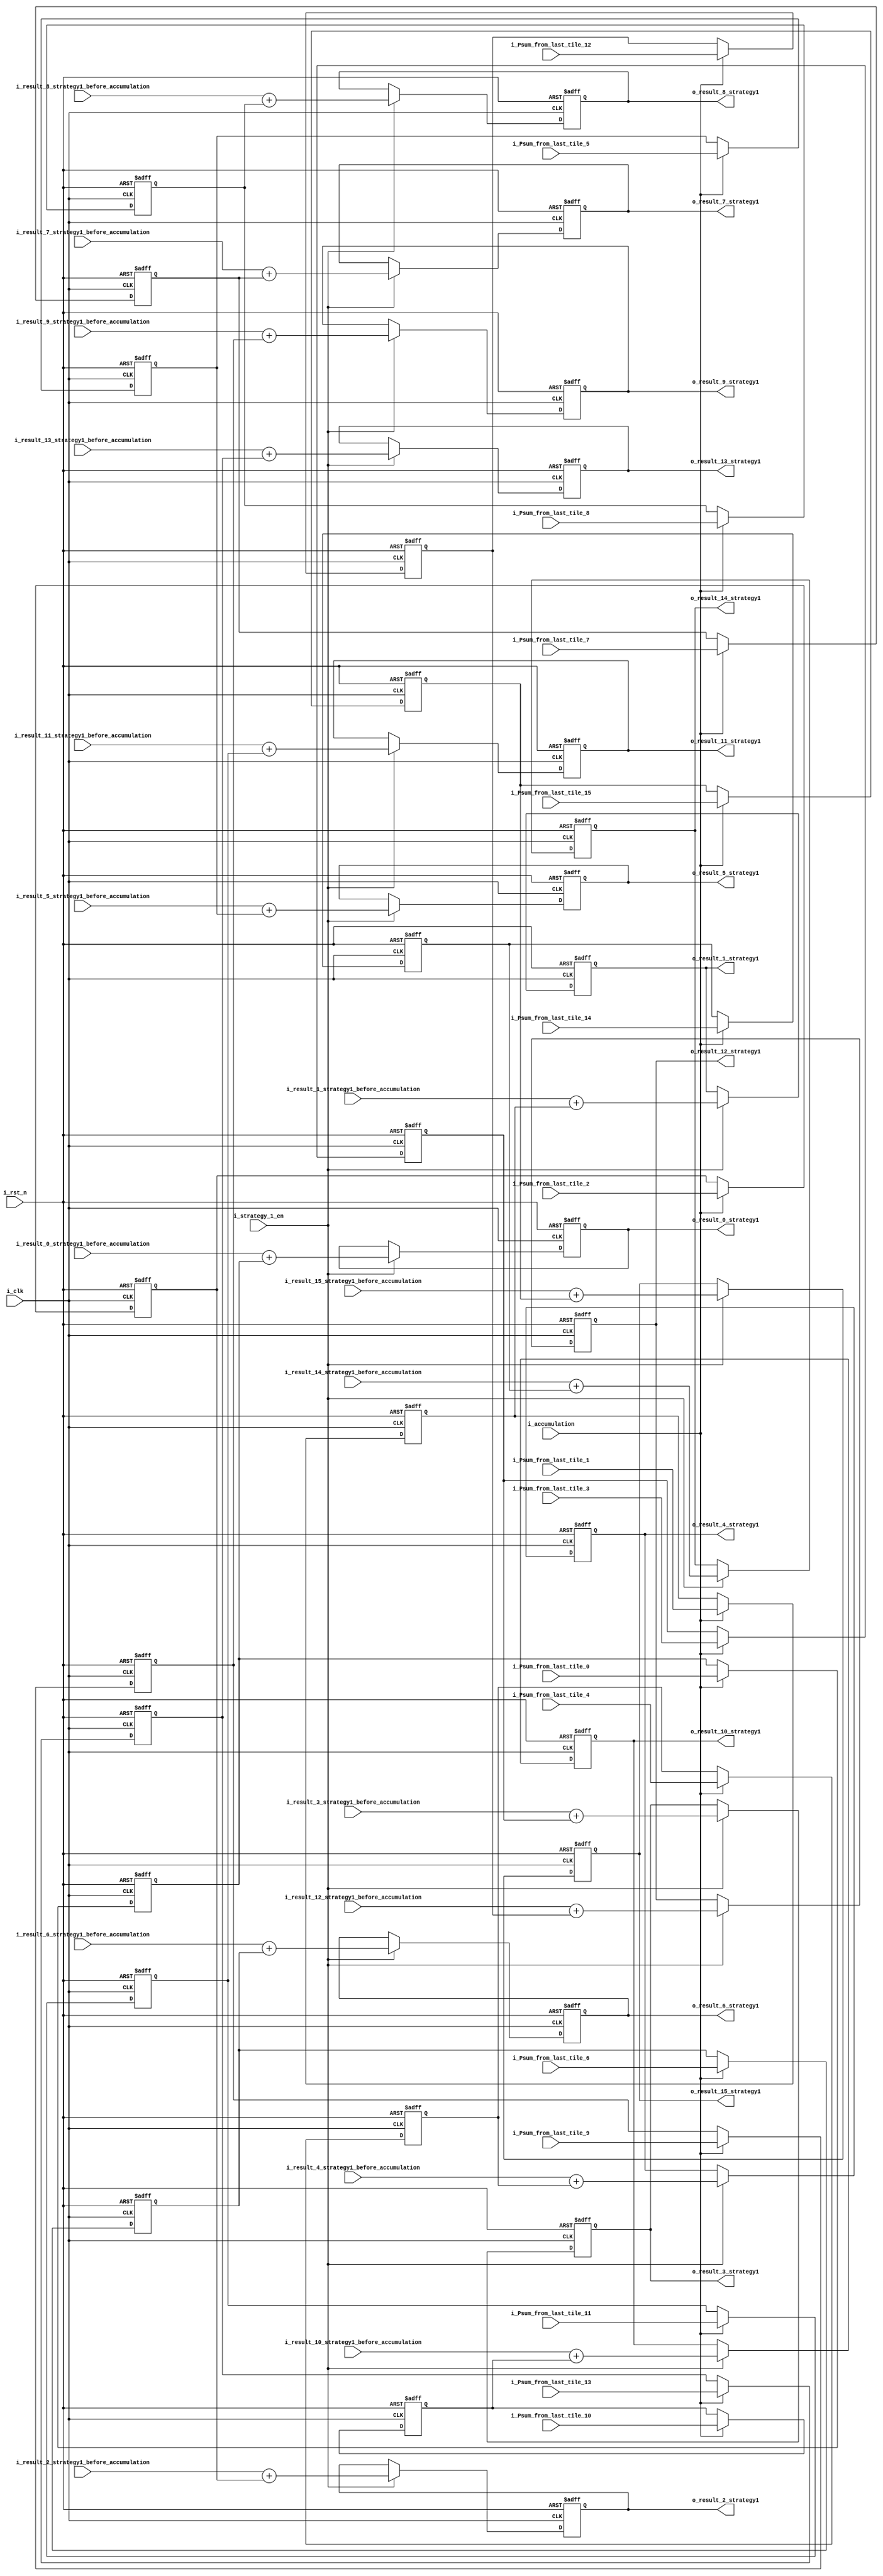
module accumulator_strategy1(
  input i_clk,
  input i_rst_n,
  input i_strategy_1_en,
  input i_accumulation,
  input signed [31:0] i_Psum_from_last_tile_0,
  input signed [31:0] i_Psum_from_last_tile_1,
  input signed [31:0] i_Psum_from_last_tile_2,
  input signed [31:0] i_Psum_from_last_tile_3,
  input signed [31:0] i_Psum_from_last_tile_4,
  input signed [31:0] i_Psum_from_last_tile_5,
  input signed [31:0] i_Psum_from_last_tile_6,
  input signed [31:0] i_Psum_from_last_tile_7,
  input signed [31:0] i_Psum_from_last_tile_8,
  input signed [31:0] i_Psum_from_last_tile_9,
  input signed [31:0] i_Psum_from_last_tile_10,
  input signed [31:0] i_Psum_from_last_tile_11,
  input signed [31:0] i_Psum_from_last_tile_12,
  input signed [31:0] i_Psum_from_last_tile_13,
  input signed [31:0] i_Psum_from_last_tile_14,
  input signed [31:0] i_Psum_from_last_tile_15,
  input signed [22:0] i_result_0_strategy1_before_accumulation,
  input signed [22:0] i_result_1_strategy1_before_accumulation,
  input signed [22:0] i_result_2_strategy1_before_accumulation,
  input signed [22:0] i_result_3_strategy1_before_accumulation,
  input signed [22:0] i_result_4_strategy1_before_accumulation,
  input signed [22:0] i_result_5_strategy1_before_accumulation,
  input signed [22:0] i_result_6_strategy1_before_accumulation,
  input signed [22:0] i_result_7_strategy1_before_accumulation,
  input signed [22:0] i_result_8_strategy1_before_accumulation,
  input signed [22:0] i_result_9_strategy1_before_accumulation,
  input signed [22:0] i_result_10_strategy1_before_accumulation,
  input signed [22:0] i_result_11_strategy1_before_accumulation,
  input signed [22:0] i_result_12_strategy1_before_accumulation,
  input signed [22:0] i_result_13_strategy1_before_accumulation,
  input signed [22:0] i_result_14_strategy1_before_accumulation,
  input signed [22:0] i_result_15_strategy1_before_accumulation,
  output reg signed [31:0] o_result_0_strategy1,
  output reg signed [31:0] o_result_1_strategy1,
  output reg signed [31:0] o_result_2_strategy1,
  output reg signed [31:0] o_result_3_strategy1,
  output reg signed [31:0] o_result_4_strategy1,
  output reg signed [31:0] o_result_5_strategy1,
  output reg signed [31:0] o_result_6_strategy1,
  output reg signed [31:0] o_result_7_strategy1,
  output reg signed [31:0] o_result_8_strategy1,
  output reg signed [31:0] o_result_9_strategy1,
  output reg signed [31:0] o_result_10_strategy1,
  output reg signed [31:0] o_result_11_strategy1,
  output reg signed [31:0] o_result_12_strategy1,
  output reg signed [31:0] o_result_13_strategy1,
  output reg signed [31:0] o_result_14_strategy1,
  output reg signed [31:0] o_result_15_strategy1
);

  reg signed [31:0] Psum_from_last_tile_0_reg;
  reg signed [31:0] Psum_from_last_tile_1_reg;
  reg signed [31:0] Psum_from_last_tile_2_reg;
  reg signed [31:0] Psum_from_last_tile_3_reg;
  reg signed [31:0] Psum_from_last_tile_4_reg;
  reg signed [31:0] Psum_from_last_tile_5_reg;
  reg signed [31:0] Psum_from_last_tile_6_reg;
  reg signed [31:0] Psum_from_last_tile_7_reg;
  reg signed [31:0] Psum_from_last_tile_8_reg;
  reg signed [31:0] Psum_from_last_tile_9_reg;
  reg signed [31:0] Psum_from_last_tile_10_reg;
  reg signed [31:0] Psum_from_last_tile_11_reg;
  reg signed [31:0] Psum_from_last_tile_12_reg;
  reg signed [31:0] Psum_from_last_tile_13_reg;
  reg signed [31:0] Psum_from_last_tile_14_reg;
  reg signed [31:0] Psum_from_last_tile_15_reg;

  always@(posedge i_clk or negedge i_rst_n)begin
    if(!i_rst_n)begin
      Psum_from_last_tile_0_reg  <= 32'd0;
      Psum_from_last_tile_1_reg  <= 32'd0;
      Psum_from_last_tile_2_reg  <= 32'd0;
      Psum_from_last_tile_3_reg  <= 32'd0;
      Psum_from_last_tile_4_reg  <= 32'd0;
      Psum_from_last_tile_5_reg  <= 32'd0;
      Psum_from_last_tile_6_reg  <= 32'd0;
      Psum_from_last_tile_7_reg  <= 32'd0;
      Psum_from_last_tile_8_reg  <= 32'd0;
      Psum_from_last_tile_9_reg  <= 32'd0;
      Psum_from_last_tile_10_reg <= 32'd0;
      Psum_from_last_tile_11_reg <= 32'd0;
      Psum_from_last_tile_12_reg <= 32'd0;
      Psum_from_last_tile_13_reg <= 32'd0;
      Psum_from_last_tile_14_reg <= 32'd0;
      Psum_from_last_tile_15_reg <= 32'd0;
    end else if(i_accumulation)begin
      Psum_from_last_tile_0_reg  <= i_Psum_from_last_tile_0;
      Psum_from_last_tile_1_reg  <= i_Psum_from_last_tile_1;
      Psum_from_last_tile_2_reg  <= i_Psum_from_last_tile_2;
      Psum_from_last_tile_3_reg  <= i_Psum_from_last_tile_3;
      Psum_from_last_tile_4_reg  <= i_Psum_from_last_tile_4;
      Psum_from_last_tile_5_reg  <= i_Psum_from_last_tile_5;
      Psum_from_last_tile_6_reg  <= i_Psum_from_last_tile_6;
      Psum_from_last_tile_7_reg  <= i_Psum_from_last_tile_7;
      Psum_from_last_tile_8_reg  <= i_Psum_from_last_tile_8;
      Psum_from_last_tile_9_reg  <= i_Psum_from_last_tile_9;
      Psum_from_last_tile_10_reg <= i_Psum_from_last_tile_10;
      Psum_from_last_tile_11_reg <= i_Psum_from_last_tile_11;
      Psum_from_last_tile_12_reg <= i_Psum_from_last_tile_12;
      Psum_from_last_tile_13_reg <= i_Psum_from_last_tile_13;
      Psum_from_last_tile_14_reg <= i_Psum_from_last_tile_14;
      Psum_from_last_tile_15_reg <= i_Psum_from_last_tile_15;
    end
  end

  always@(posedge i_clk or negedge i_rst_n) begin
    if(!i_rst_n)begin
      o_result_0_strategy1  <= 31'd0;
      o_result_1_strategy1  <= 31'd0;
      o_result_2_strategy1  <= 31'd0;
      o_result_3_strategy1  <= 31'd0;
      o_result_4_strategy1  <= 31'd0;
      o_result_5_strategy1  <= 31'd0;
      o_result_6_strategy1  <= 31'd0;
      o_result_7_strategy1  <= 31'd0;
      o_result_8_strategy1  <= 31'd0;
      o_result_9_strategy1  <= 31'd0;
      o_result_10_strategy1 <= 31'd0;
      o_result_11_strategy1 <= 31'd0;
      o_result_12_strategy1 <= 31'd0;
      o_result_13_strategy1 <= 31'd0;
      o_result_14_strategy1 <= 31'd0;
      o_result_15_strategy1 <= 31'd0;
    end else if(i_strategy_1_en)begin
      o_result_0_strategy1  <= i_result_0_strategy1_before_accumulation + Psum_from_last_tile_0_reg;
      o_result_1_strategy1  <= i_result_1_strategy1_before_accumulation + Psum_from_last_tile_1_reg;
      o_result_2_strategy1  <= i_result_2_strategy1_before_accumulation + Psum_from_last_tile_2_reg;
      o_result_3_strategy1  <= i_result_3_strategy1_before_accumulation + Psum_from_last_tile_3_reg;
      o_result_4_strategy1  <= i_result_4_strategy1_before_accumulation + Psum_from_last_tile_4_reg;
      o_result_5_strategy1  <= i_result_5_strategy1_before_accumulation + Psum_from_last_tile_5_reg;
      o_result_6_strategy1  <= i_result_6_strategy1_before_accumulation + Psum_from_last_tile_6_reg;
      o_result_7_strategy1  <= i_result_7_strategy1_before_accumulation + Psum_from_last_tile_7_reg;
      o_result_8_strategy1  <= i_result_8_strategy1_before_accumulation + Psum_from_last_tile_8_reg;
      o_result_9_strategy1  <= i_result_9_strategy1_before_accumulation + Psum_from_last_tile_9_reg;
      o_result_10_strategy1 <= i_result_10_strategy1_before_accumulation + Psum_from_last_tile_10_reg;
      o_result_11_strategy1 <= i_result_11_strategy1_before_accumulation + Psum_from_last_tile_11_reg;
      o_result_12_strategy1 <= i_result_12_strategy1_before_accumulation + Psum_from_last_tile_12_reg;
      o_result_13_strategy1 <= i_result_13_strategy1_before_accumulation + Psum_from_last_tile_13_reg;
      o_result_14_strategy1 <= i_result_14_strategy1_before_accumulation + Psum_from_last_tile_14_reg;
      o_result_15_strategy1 <= i_result_15_strategy1_before_accumulation + Psum_from_last_tile_15_reg;
    end
  end

endmodule